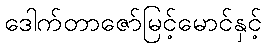
ဒေါက်တာဇော်မြင့်မောင်နှင့်